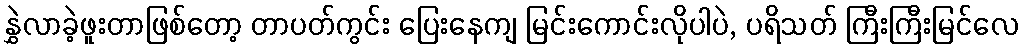
နွှဲလာခဲ့ဖူးတာဖြစ်တော့ တာပတ်ကွင်း ပြေးနေကျ မြင်းကောင်းလိုပါပဲ, ပရိသတ် ကြီးကြီးမြင်လေ